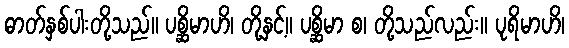
ဓာတ်နှစ်ပါးတို့သည်။ ပစ္ဆိမာဟိ၊ တို့နှင့်။ ပစ္ဆိမာ စ၊ တို့သည်လည်း။ ပုရိမာဟိ၊